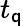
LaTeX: t_{\mathsf{q}}